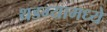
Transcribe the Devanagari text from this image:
थडग्यामध्ये